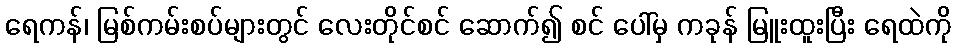
ရေကန်၊ မြစ်ကမ်းစပ်များတွင် လေးတိုင်စင် ဆောက်၍ စင် ပေါ်မှ ကခုန် မြူးထူးပြီး ရေထဲကို